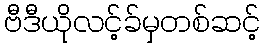
ဗီဒီယိုလင့်ခ်မှတစ်ဆင့်